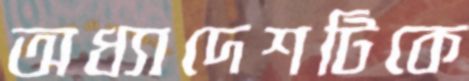
অধ্যাদেশটিকে